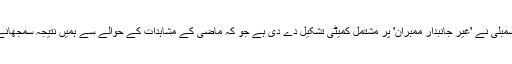
اسپیکر قومی اسمبلی نے 'غیر جانبدار ممبران' پر مشتمل کمیٹی تشکیل دے دی ہے جو کہ ماضی کے مشاہدات کے حوالے سے ہمیں نتیجہ سمجھانے کو کافی ہے۔